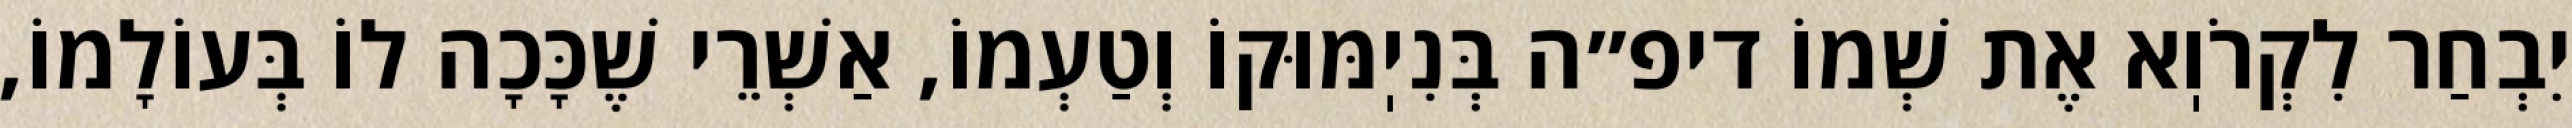
יִבְחַר לִקְרֹוֽא אֶת שְׁמוֹ דיפ״ה בְּנִיֽמּוּקוֹ וְטַעְמוֹ, אַשְׁרֵי שֶׁכָּכָה לוֹ בְּעוֹלָמוֹ,